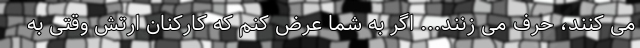
می کنند، حرف می زنند... اگر به شما عرض کنم که کارکنان ارتش وقتی به